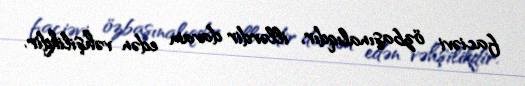
faciəvi özbaşınalıqdır, illərdir davam edən vəhşilikdir.